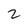
Character: 2